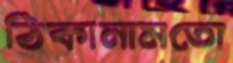
ঠিকানামতো